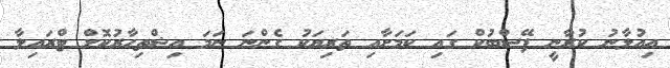
އިއުލާނު ކުރާނީ ފޭސްބުކް ގައި ކަމަށާއި ތަރިޔަކު ގެންނަ ނަމަ އިޝްތިހާރުކޮށް ޓްރައިލާ